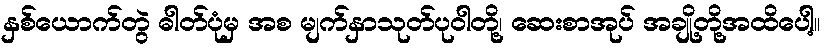
နှစ်ယောက်တွဲ ဓါတ်ပုံမှ အစ မျက်နှာသုတ်ပုဝါတို့၊ ဆေးစာအုပ် အချို့တို့အထိပေါ့။